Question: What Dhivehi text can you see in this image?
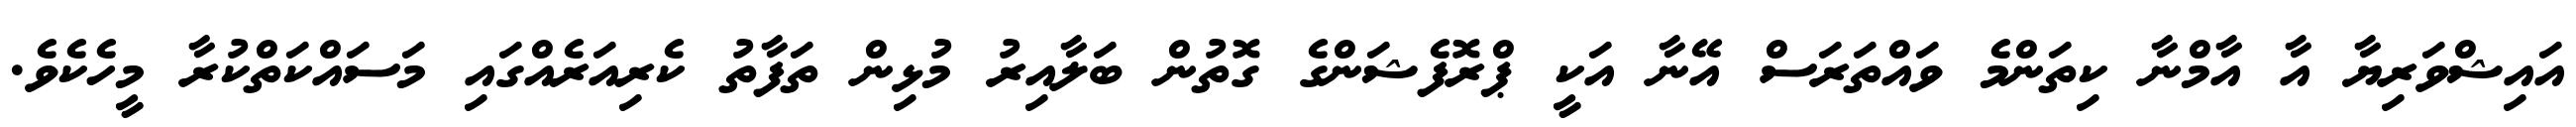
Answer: އައިޝްވަރިޔާ އާ އާމްނާ ކިތަންމެ ވައްތަރަސް އޭނާ އަކީ ޕްރޮފެޝަންގެ ގޮތުން ބަލާއިރު މުޅިން ތަފާތު ކެރިއަރެއްގައި މަސައްކަތްކުރާ މީހެކެވެ.